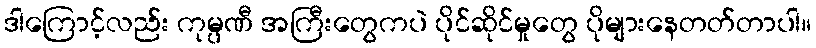
ဒါကြောင့်လည်း ကုမ္ပဏီ အကြီးတွေကပဲ ပိုင်ဆိုင်မှုတွေ ပိုများနေတတ်တာပါ။